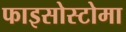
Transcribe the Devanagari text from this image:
फाइसोस्टोमा